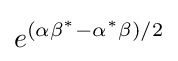
e^{(\alpha \beta ^{*}-\alpha ^{*}\beta )/2}